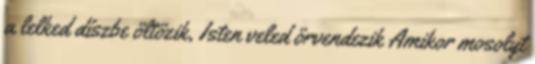
a lelked díszbe öltözik, Isten veled örvendezik Amikor mosolyt